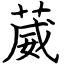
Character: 葳